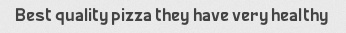
Best quality pizza they have very healthy